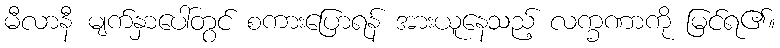
မီလာနီ မျက်နှာပေါ်တွင် စကားပြောရန် အားယူနေသည့် လက္ခဏာကို မြင်ရ၏။